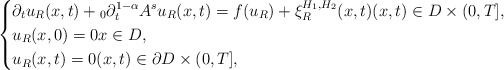
\begin{align*}\left\{\begin{aligned}&\partial_{t}u_{R}(x,t)+{}_{0}\partial_{t}^{1-\alpha}A^{s} u_{R}(x,t)=f(u_{R})+\xi^{H_{1},H_{2}}_{R}(x,t)(x,t)\in{D}\times (0,T],\\&u_{R}(x,0)=0x\in{D},\\&u_{R}(x,t)=0(x,t)\in\partial{D}\times (0,T],\end{aligned}\right.\end{align*}